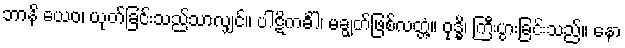
ဘာနိ ယေဝ၊ ယုတ်ခြင်းသည်သာလျှင်။ ပါဋိကင်္ခါ၊ မချွတ်ဖြစ်လတ္တံ့။ ဝုဒ္ဓိ၊ ကြီးပွားခြင်းသည်။ နော